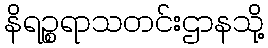
နိရဉ္စရာသတင်းဌာနသို့